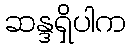
ဆန္ဒရှိပါက